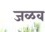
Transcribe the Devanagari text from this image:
जळव